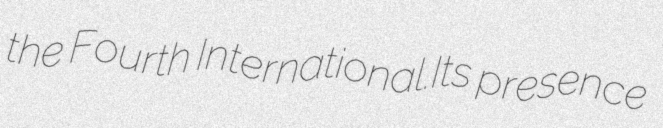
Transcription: the Fourth International.Its presence